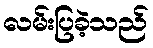
လမ်းပြခဲ့သည်